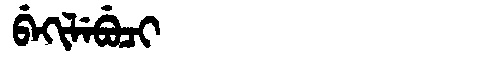
Manchu: ᠪᡝᡴᡳᠯᡝᠪᡠᠴᡳ
Romanization: BEKILEBUCI